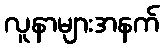
လူနာများအနက်